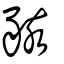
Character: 豥